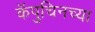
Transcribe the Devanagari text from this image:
कॅपुचिनच्या